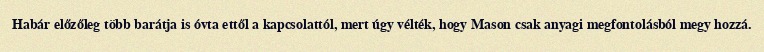
Habár előzőleg több barátja is óvta ettől a kapcsolattól, mert úgy vélték, hogy Mason csak anyagi megfontolásból megy hozzá.